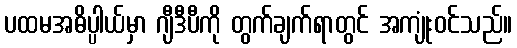
ပထမအဓိပ္ပါယ်မှာ ဂျီဒီပီကို တွက်ချက်ရာတွင် အကျုံးဝင်သည်။